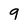
Character: 9